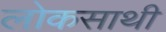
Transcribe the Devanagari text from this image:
लोकसाथी